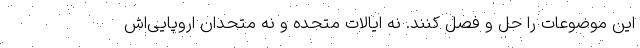
این موضوعات را حل و فصل کنند. نه ایالات متحده و نه متحدان اروپایی‌اش